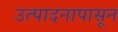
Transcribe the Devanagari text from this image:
उत्पादनापासून